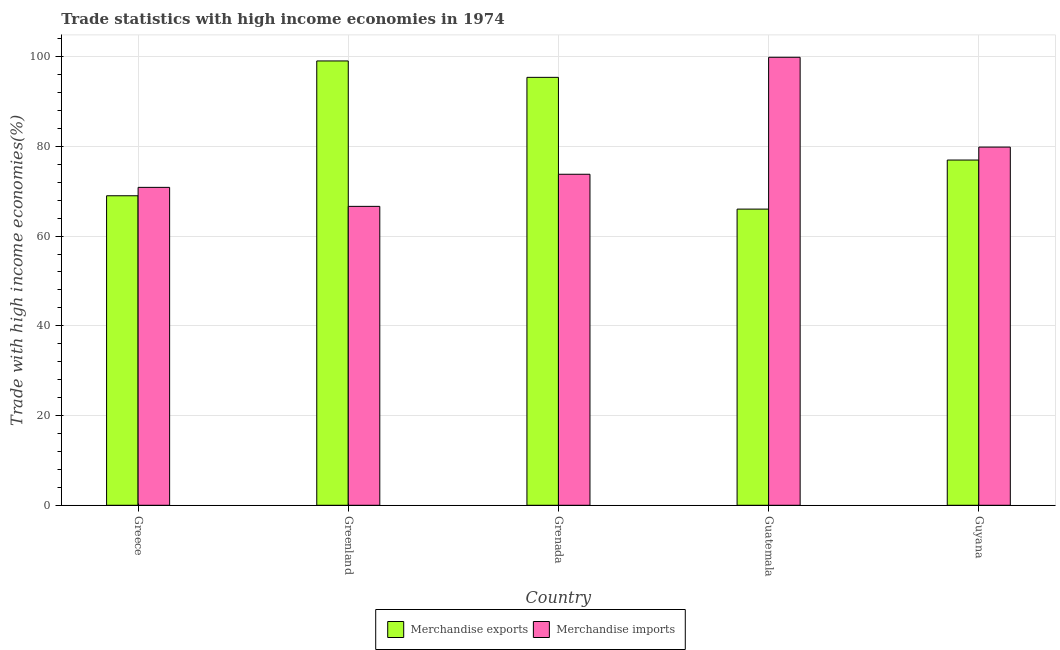
| Country | Merchandise exports | Merchandise imports |
 | --- | --- | --- |
 | Greece | 69 | 70.9 |
 | Greenland | 99 | 66.6 |
 | Grenada | 95.4 | 73.8 |
 | Guatemala | 66 | 99.9 |
 | Guyana | 77 | 79.8 |